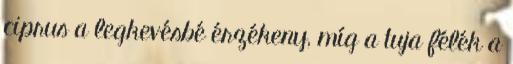
ciprus a legkevésbé érzékeny, míg a tuja félék a